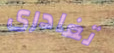
تغادرى